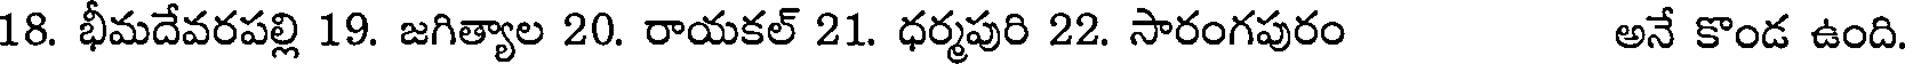
18. భీమదేవరపల్లి 19. జగిత్యాల 20. రాయకల్ 21. ధర్మపురి 22. సారంగపురం అనే కొండ ఉంది